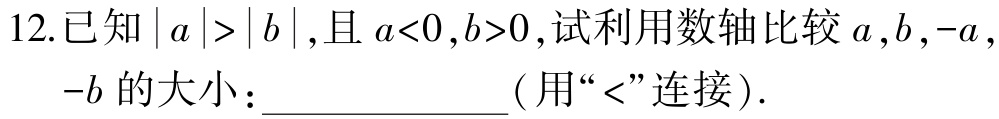
12.已知\(\vert a\vert>\vert b\vert\),且\(a<0\),\(b>0\),试利用数轴比较\(a\),\(b\),\(-a\),\(-b\)的大小：____________(用“\(<\)”连接).